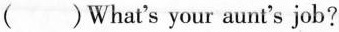
( )What's your aunt's job?